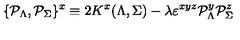
\{ { \cal P } _ { \Lambda } , { \cal P } _ { \Sigma } \} ^ { x } \equiv 2 K ^ { x } ( \Lambda , \Sigma ) - { { \lambda } } \varepsilon ^ { x y z } { \cal P } _ { \Lambda } ^ { y } { \cal P } _ { \Sigma } ^ { z }